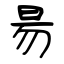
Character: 昜